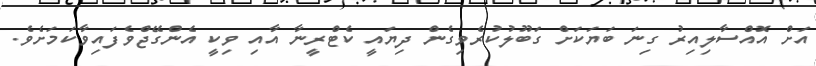
އަށް އޮއްސާލިއިރު ގިނަ ބަޔަކަށް ގަބޫލުކުރެވިގެން ދިޔައީ ކެޓްރީނާ އާއި ވިކީ އެންގޭޖްވެފައިވާކަމަށެވެ.